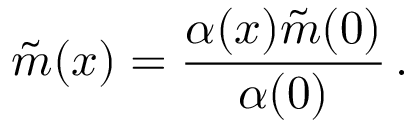
\tilde { m } ( x ) = \frac { \alpha ( x ) \tilde { m } ( 0 ) } { \alpha ( 0 ) } \, .